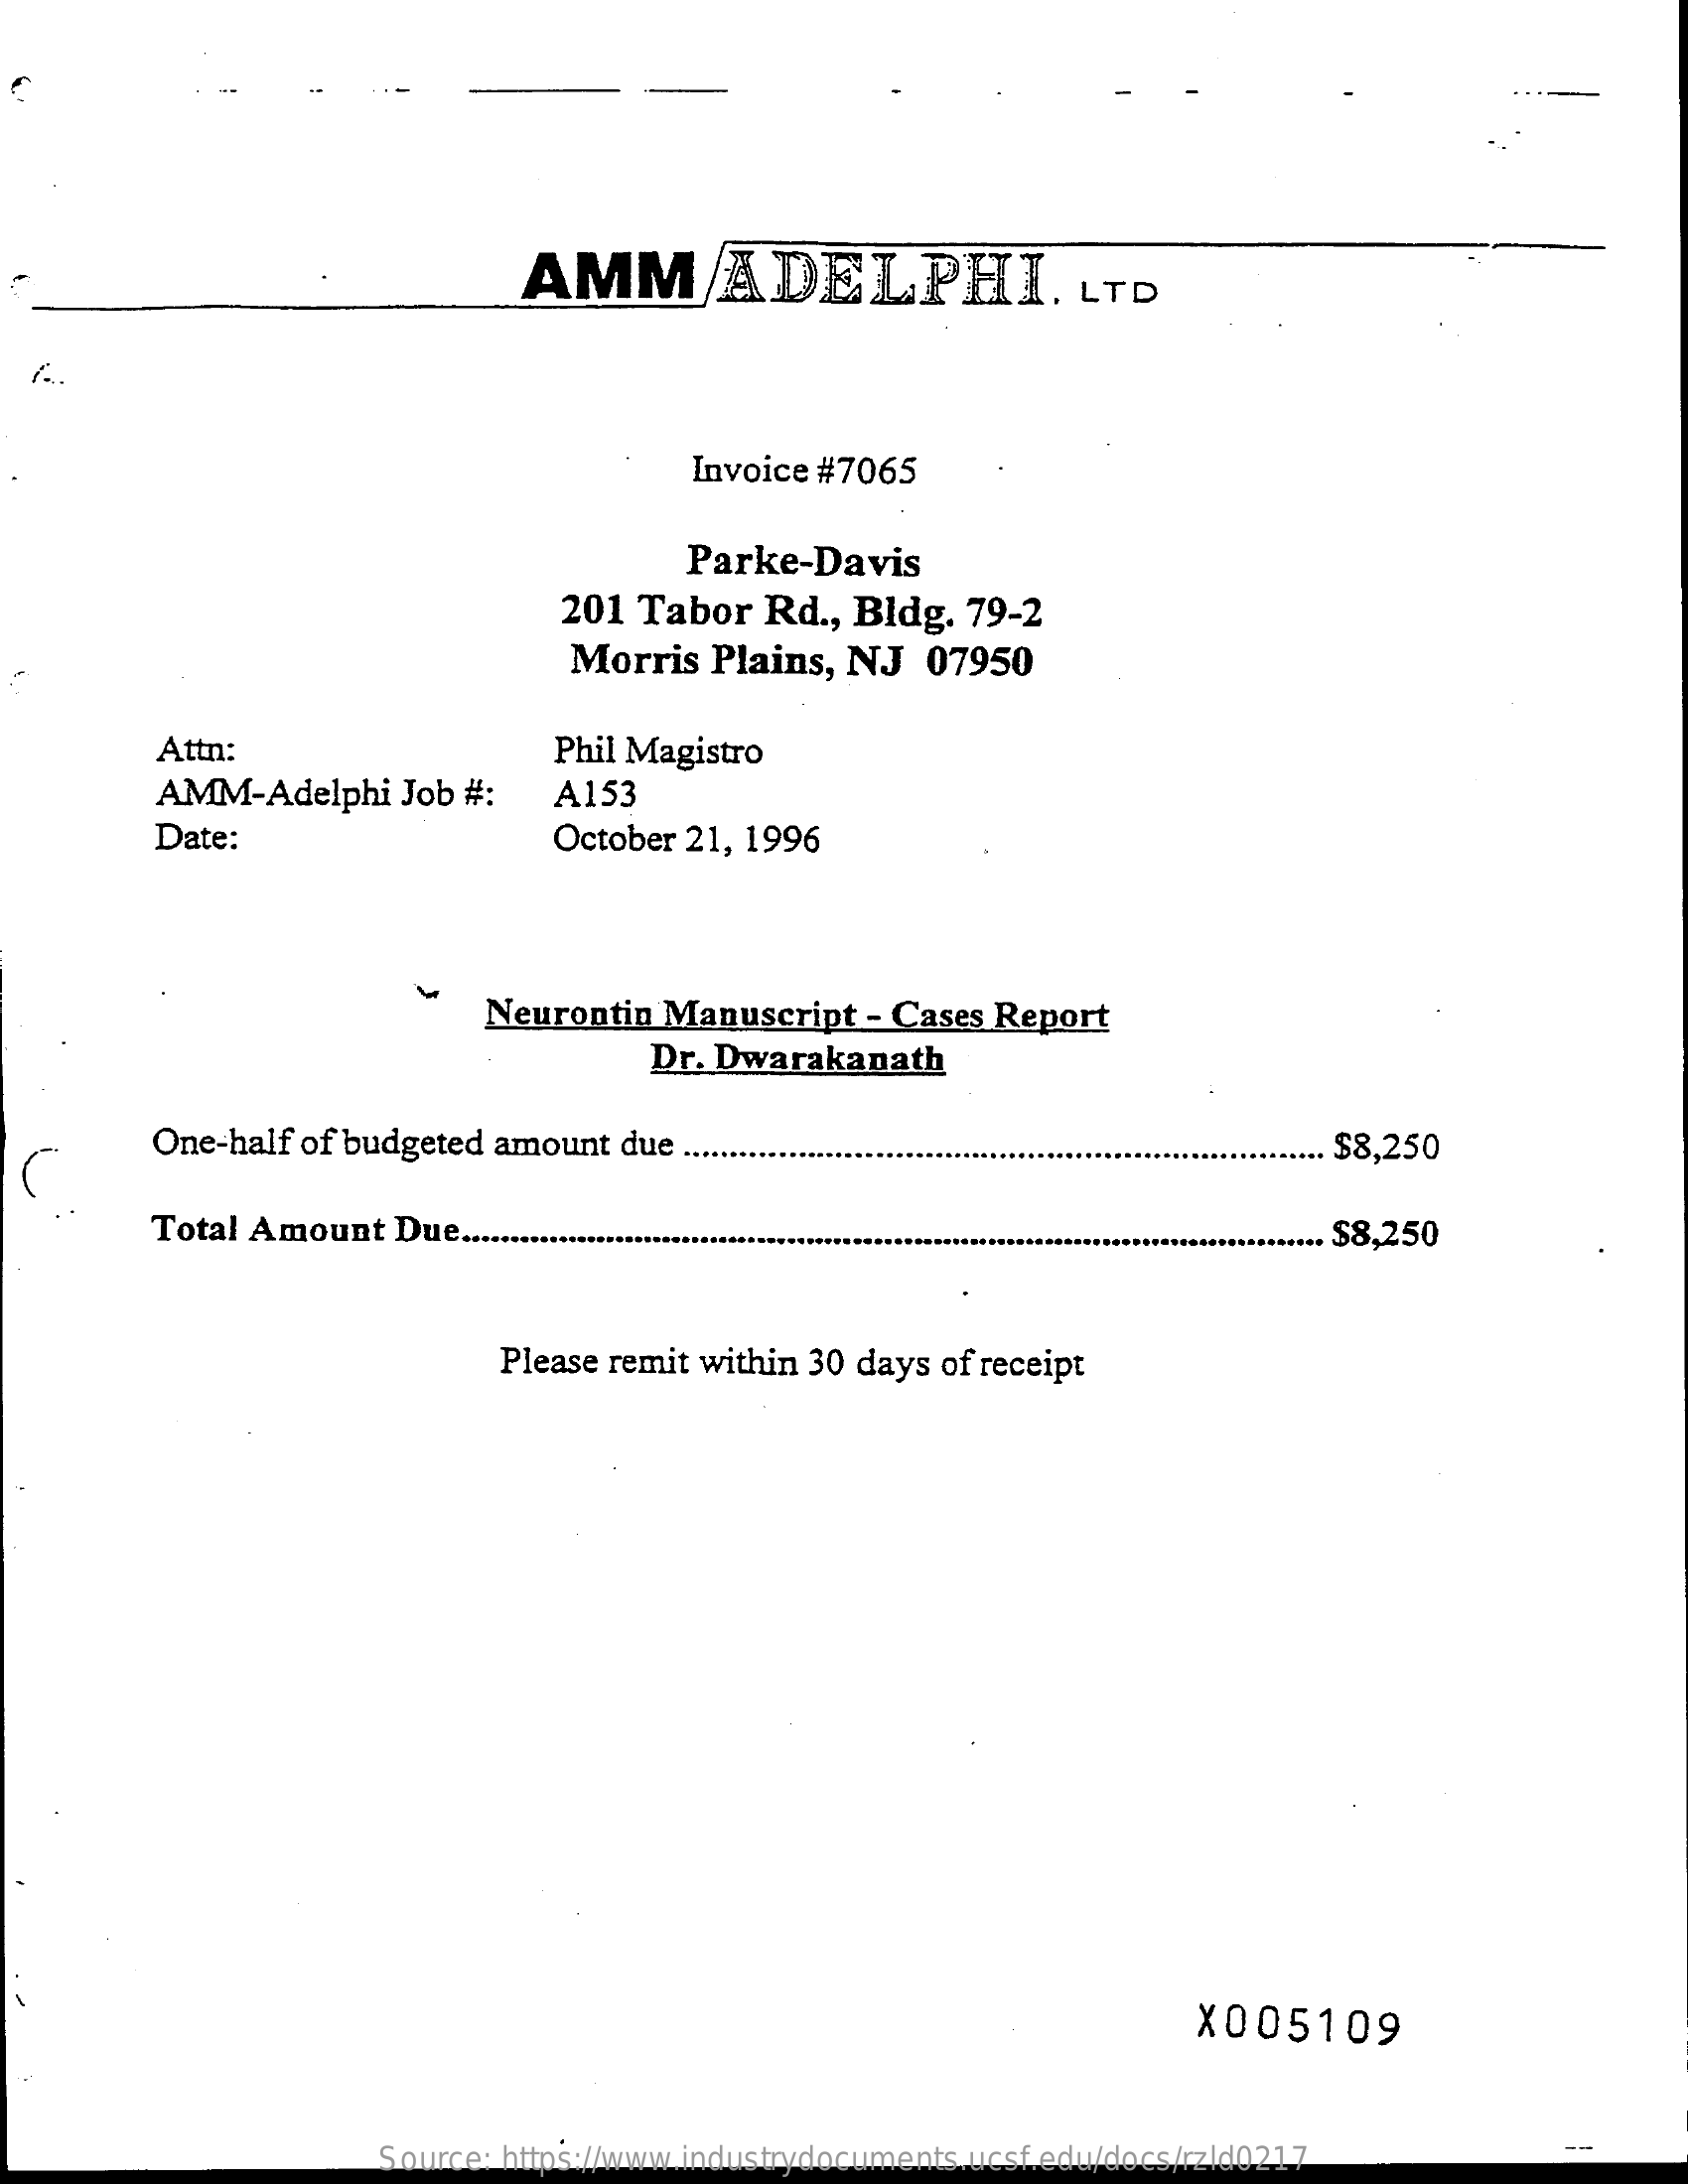
AMM    ADELPHI.    LTD
     Invoice #7065
     Parke-Davis
     201 Tabor   Rd  ., Bldg.  79-2
     Morris   Plains,  NJ   07950
     Attn:    Phil Magistro
     AMM-Adelphi    Job  #:    A153
     Date:    October 21, 1996
     Neurontin  Manuscript   - Cases Report
     Dr. Dwarakanath
     One-half of budgeted  amount due  ....    $8,250
     Total Amount   Due ....    $8,250
     Please remit within 30 days of receipt
     X005109
     Source: https://www.industrydocuments.ucsf.edu/docs/rzld0217
     --